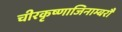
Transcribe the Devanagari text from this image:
चीरकृष्णाजिनाम्बरौ